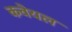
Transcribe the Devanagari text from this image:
कवेयल